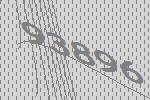
93896